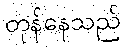
တုန်နေသည်